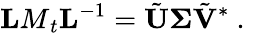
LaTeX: {\mathbf LM}_{t}{\mathbf L}^{-1}=\tilde{\mathbf U}{\mathbf\Sigma}\tilde{\mathbf V}^{*}\mathrm{~.~}